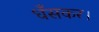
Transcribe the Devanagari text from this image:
धँसकर।